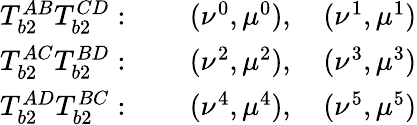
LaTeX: \begin{array}{cc}{T_{b2}^{AB}T_{b2}^{CD}:\qquad(\nu^{0},\mu^{0}),\quad(\nu^{1},\mu^{1})}\\ {T_{b2}^{AC}T_{b2}^{BD}:\qquad(\nu^{2},\mu^{2}),\quad(\nu^{3},\mu^{3})}\\ {T_{b2}^{AD}T_{b2}^{BC}:\qquad(\nu^{4},\mu^{4}),\quad(\nu^{5},\mu^{5})}\end{array}